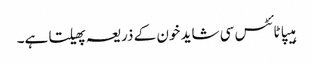
ہیپاٹائٹس سی شاید خون کے ذریعہ پھیلتا ہے۔